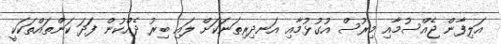
އަލިފާން ޖެއްސުމާއި މިރުސް އުގުޅުމާއި އަނދިރިތަނަކަށް ލައި ބިރު ދެއްކުން ފަދަ ކަންތައްތަކަކީ